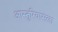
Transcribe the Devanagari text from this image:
आस्तुरियासला